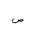
Letter: _sad